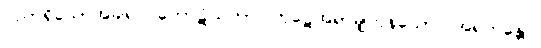
ပညာရှိသောအခါ၍။ ကောဋိသတာ၊ ကုဋေအရာမျှကုန်သော။ အရဟန္တော၊